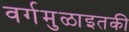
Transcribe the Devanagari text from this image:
वर्गमुळाइतकी